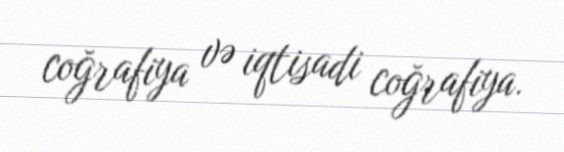
coğrafiya və iqtisadi coğrafiya.